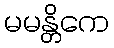
မမန္တိကေ